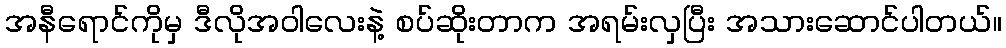
အနီရောင်ကိုမှ ဒီလိုအဝါလေးနဲ့ စပ်ဆိုးတာက အရမ်းလှပြီး အသားဆောင်ပါတယ်။